Lunatic asylums Madras 1892-1911 - 1892-1911
Year: 1892
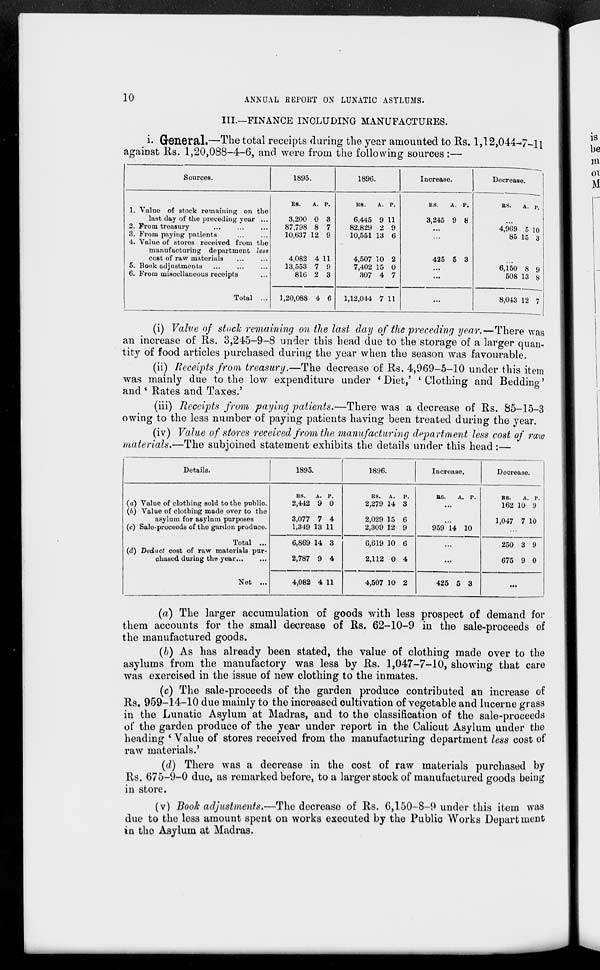
10
ANNUAL REPORT ON LUNATIC ASYLUMS.
III.—FINANCE INCLUDING MANUFACTURES.
i- General.—The total receipts during the year amounted to Rs. 1,12,044-7-H
against Rs. 1,20,088-4-6, and were from the following sources :—
Sources.
1895.
1896.
Increase.
Decrease.
1
c
1. Value of stock remaining on the
last day of the preceding year ...
2. From treasury
3. From paying patients
4. Value of stores received from the
manufacturing department less
cost of raw materials
5. Book adjustments
6. From miscellaneous receipts
Total ...
RS.
A.
3,200 0
87,798 8
10,637 12
4,082 4
13,553 7
816 2
p.
3
7
9
11
9
3
RS.
A.
6.445 9
82,829 2
10,551 13
4,507 10
7,402 15
307 4
p.
11
9
6
2
0
7
RS.
A. P.
3,245 9 8
425 5 3
RS.
A. p.
4,969 5 10
85 15 3
6,150 8 9
508 13 8
1,20,088 4 6
1,12,044 7 11
...
8,043 12 7
(i) Value of stock remaining on the last day of the preceding year.—There was
an increase of Rs. 3,245-9-8 under this head due to the storage of a larger quan.
tity of food articles purchased during the year when the season was favourable.
(ii) Receipts from treasury.—The decrease of Rs. 4,969-5-10 under this item
was mainly due to the low expenditure under * Diet,' ' Clothing and Bedding'
and ' Rates and Taxes.'
(iii) Receipts from paying patients.—There was a decrease of Rs. 85-15-3
owing to the less number of paying patients having been treated during the year.
(iv) Value of stores received from the manufacturing department less cost of raw
materials.—The subjoined statement exhibits the details under this head:—
Details.
1895.
1896.
Increase.
Decrease.
(a) Value of clothing sold to the public
(6) Value of clothing made over to the
asylum for aBylum purposes
(c) Sale-proceeds of the garden produce.
Total ...
(d) Deduct cost of raw materials pur-
chased during the year...
Net ...
RS.
A. P.
2,442 9 0
3,077 7 4
1,349 13 11
RS. A. P.
2,279 14 3
2,029 15 6
2,309 12 9
BS.
A. P.
959 14 10
RS.
A. P.
162 10 9
1,047 7 10
6,869 14 3
2,787 9 4
6,619 10 6
2,112 0 4
...
250 3 9
675 9 0
4,082 4 11
4,507 10 2
425 5 3
...
(a) The larger accumulation of goods with less prospect of demand for
them accounts for the small decrease of Rs. 62-10-9 in the sale-proceeds of
the manufactured goods.
(b) As has already been stated, the value of clothing made over to the
asylums from the manufactory was less by Rs. 1,047-7-10, showing that care
was exercised in the issue of new clothing to the inmates.
(c) The sale-proceeds of the garden produce contributed an increase of
Rs. 959-14-10 due mainly to the increased cultivation of vegetable and lucerne grass
in the Lunatic Asylum at Madras, and to the classification of the sale-proceeds
of the garden produce of the year under report in the Calicut Asylum under the
heading * Value of stores received from the manufacturing department less cost of
raw materials.'
(d) There was a decrease in the cost of raw materials purchased by
Rs. 675-9-0 due, as remarked before, to a larger stock of manufactured goods being
in store.
(v) Book adjustments.—The decrease of Rs. 6,150-8-9 under this item was
due to the less amount spent on works executed by the Public Works Depart inent
in the Asylum at Madras.